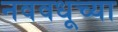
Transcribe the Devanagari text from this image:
नववधूच्या